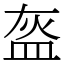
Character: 盔